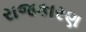
રાજકારણ